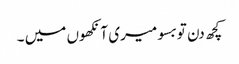
کچھ دن تو بسو میری آنکھوں میں ۔